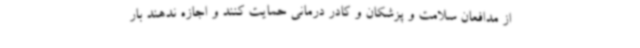
از مدافعان سلامت و پزشکان و کادر درمانی حمایت کنند و اجازه ندهند بار